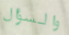
والسؤال